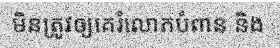
មិនត្រូវឲ្យគេរំលោភបំពាន និង